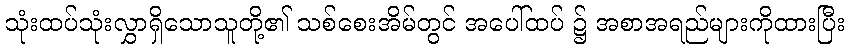
သုံးထပ်သုံးလွှာရှိသောသူတို့၏ သစ်စေးအိမ်တွင် အပေါ်ထပ် ၌ အစာအရည်များကိုထားပြီး